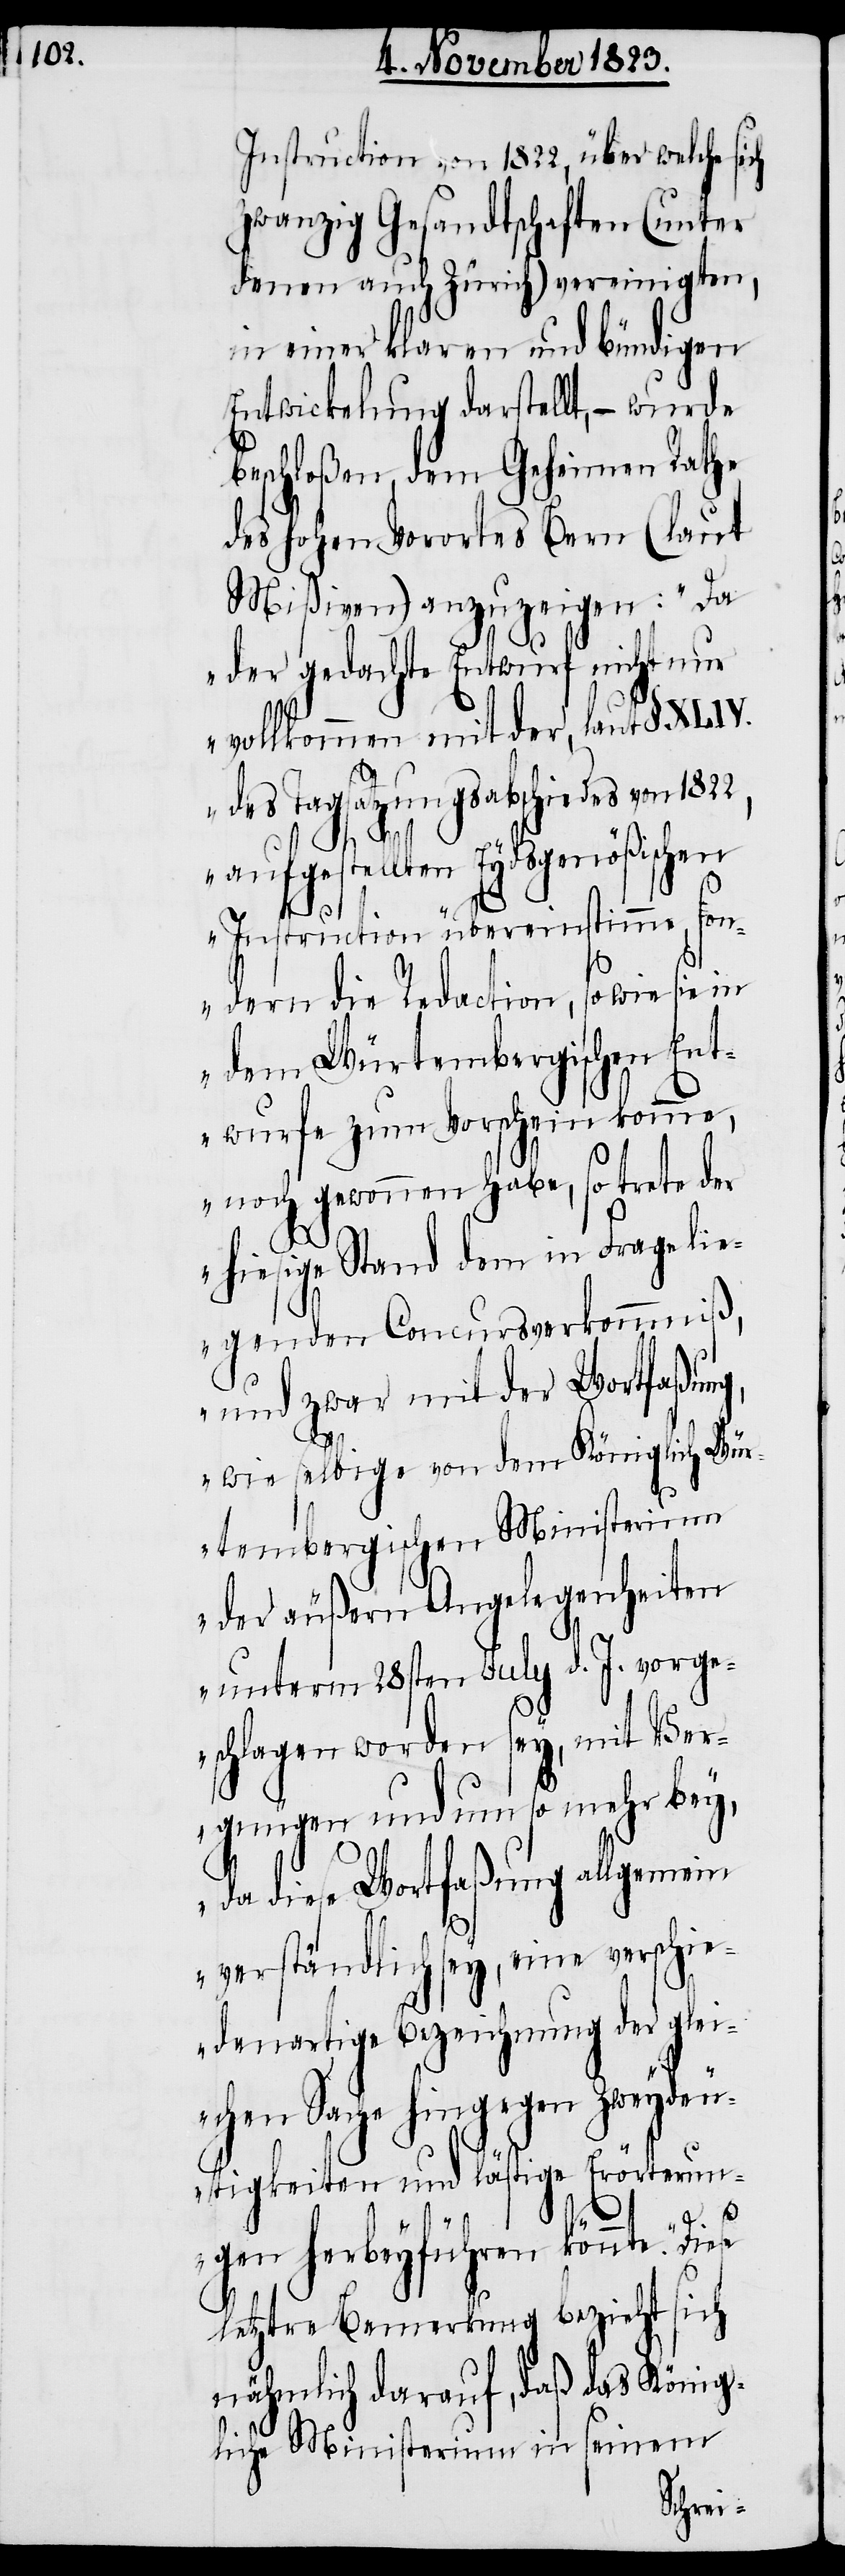
Instruction von 1822, über welche sich
zwanzig Gesandtschaften (unter
denen auch Zürich) vereinigten,
in einer klaren und bündigen
Entwickelung darstellt, − wurde
beschloßen, dem Geheimen Rathe
des hohen Vorortes Bern (laut
Mißiven) anzuzeigen: „Da
der gedachte Entwurf nicht nur
vollkommen mit der, laut § XLIV.
des Tagsatzungsabschiedes von
aufgestellten Eydsgenößischen
Instruction übereinstimme, son¬
dern die Redaction, so wie sie in
dem Würtembergischen Ent¬
wurfe zum Vorschein komme,
noch gewonnen habe, so trete der
hiesige Stand dem in Frage li¬
egenden Concursverkommniß,
und zwar mit der Wortfaßun¬
g,
wie selbige von dem Königlich Wür¬
tembergischen Ministerium
der äußern Angelegenheiten
unterm 28sten July d. J. vorge¬
schlagen worden sey, mit Ver¬
gnügen und um so mehr bey,
da diese Wortfaßung allgemein
verständlich sey, eine verschie¬
denartige Bezeichnung der glei¬
chen Sache hingegen Zweydeu¬
tigkeiten und lästige Erörterun¬
gen herbeyführen könnte.“
letztre Bemerkung bezieht sich
nähmlich darauf, daß das König¬
liche Ministerium in seinem